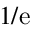
1 / \mathrm { e }